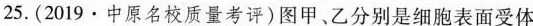
25.（2019·中原名校质量考评）图甲、乙分别是细胞表面受体